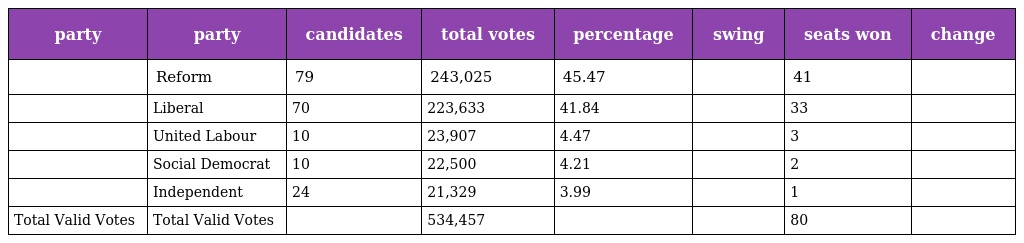
| party | party | candidates | total votes | percentage | swing | seats won | change |
 | --- | --- | --- | --- | --- | --- | --- | --- |
 |  | Reform | 79 | 243,025 | 45.47 |  | 41 |  |
 |  | Liberal | 70 | 223,633 | 41.84 |  | 33 |  |
 |  | United Labour | 10 | 23,907 | 4.47 |  | 3 |  |
 |  | Social Democrat | 10 | 22,500 | 4.21 |  | 2 |  |
 |  | Independent | 24 | 21,329 | 3.99 |  | 1 |  |
 | Total Valid Votes | Total Valid Votes |  | 534,457 |  |  | 80 |  |